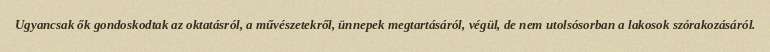
Ugyancsak ők gondoskodtak az oktatásról, a művészetekről, ünnepek megtartásáról, végül, de nem utolsósorban a lakosok szórakozásáról.